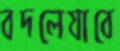
বদলেযাবে